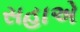
સહાએ